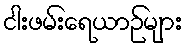
ငါးဖမ်းရေယာဉ်များ